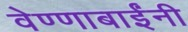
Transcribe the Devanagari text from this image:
वेण्णाबाईंनी